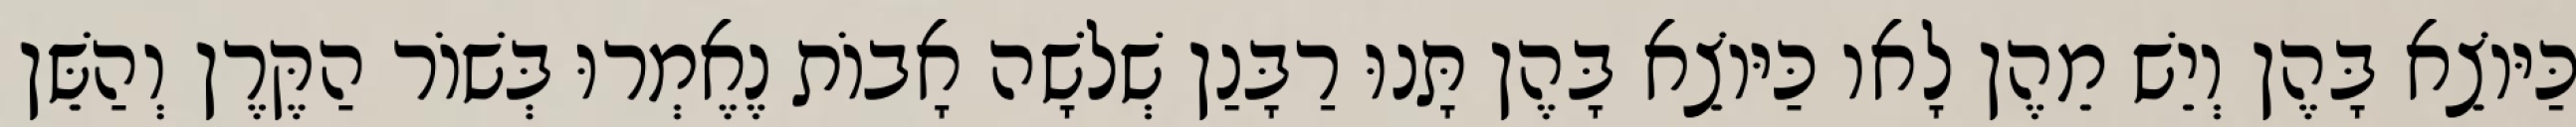
כַּיּוֹצֵא בָּהֶן וְיֵשׁ מֵהֶן לָאו כַּיּוֹצֵא בָּהֶן תָּנוּ רַבָּנַן שְׁלֹשָׁה אָבוֹת נֶאֶמְרוּ בְּשׁוֹר הַקֶּרֶן וְהַשֵּׁן